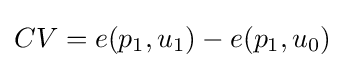
CV=e(p_{1},u_{1})-e(p_{1},u_{0})